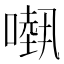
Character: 𠾁